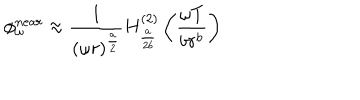
LaTeX: \phi _ { \omega } ^ { n e a r } \approx \frac { 1 } { ( \omega r ) ^ { \frac { a } { 2 } } } H _ { \frac { a } { 2 b } } ^ { ( 2 ) } \left( \frac { \omega T } { b r ^ { b } } \right)